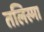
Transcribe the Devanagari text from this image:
तलिस्मा